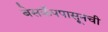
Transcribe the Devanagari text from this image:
बेसकँपपासूनची